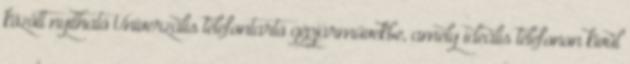
között nyitható Univerzális telefontartó gépjárművekbe, amely ideális telefonon kívül